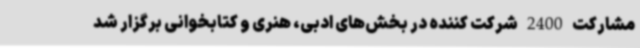
مشارکت 2400 شرکت کننده در بخش‌های ادبی، هنری و کتابخوانی برگزار شد